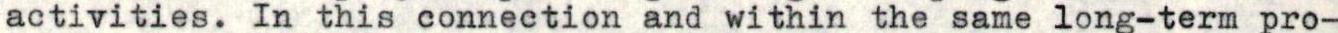
activities. In this connection and within the same long-term pro-